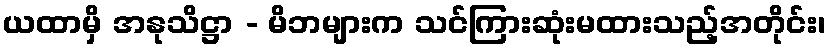
ယထာမှိ အနုသိဋ္ဌာ - မိဘများက သင်ကြားဆုံးမထားသည့်အတိုင်း၊